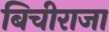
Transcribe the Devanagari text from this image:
बिचीराजा